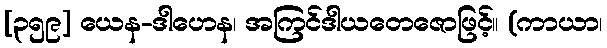
[၃၅၉] ယေန-ဒါဟေန၊ အကြင်ဒါယတေဇောဖြင့်။ (ကာယာ၊